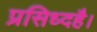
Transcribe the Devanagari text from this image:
प्रसिध्दहै।